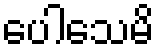
ပေါသေမိ